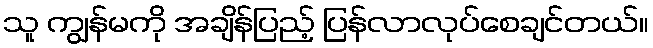
သူ ကျွန်မကို အချိန်ပြည့် ပြန်လာလုပ်စေချင်တယ်။